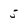
Character: 5